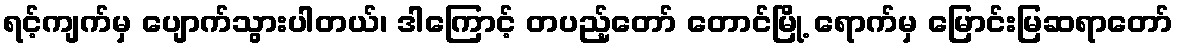
ရင့်ကျက်မှ ပျောက်သွားပါတယ်၊ ဒါကြောင့် တပည့်တော် တောင်မြို့ ရောက်မှ မြောင်းမြဆရာတော်